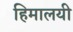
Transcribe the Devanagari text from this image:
हिमालयी